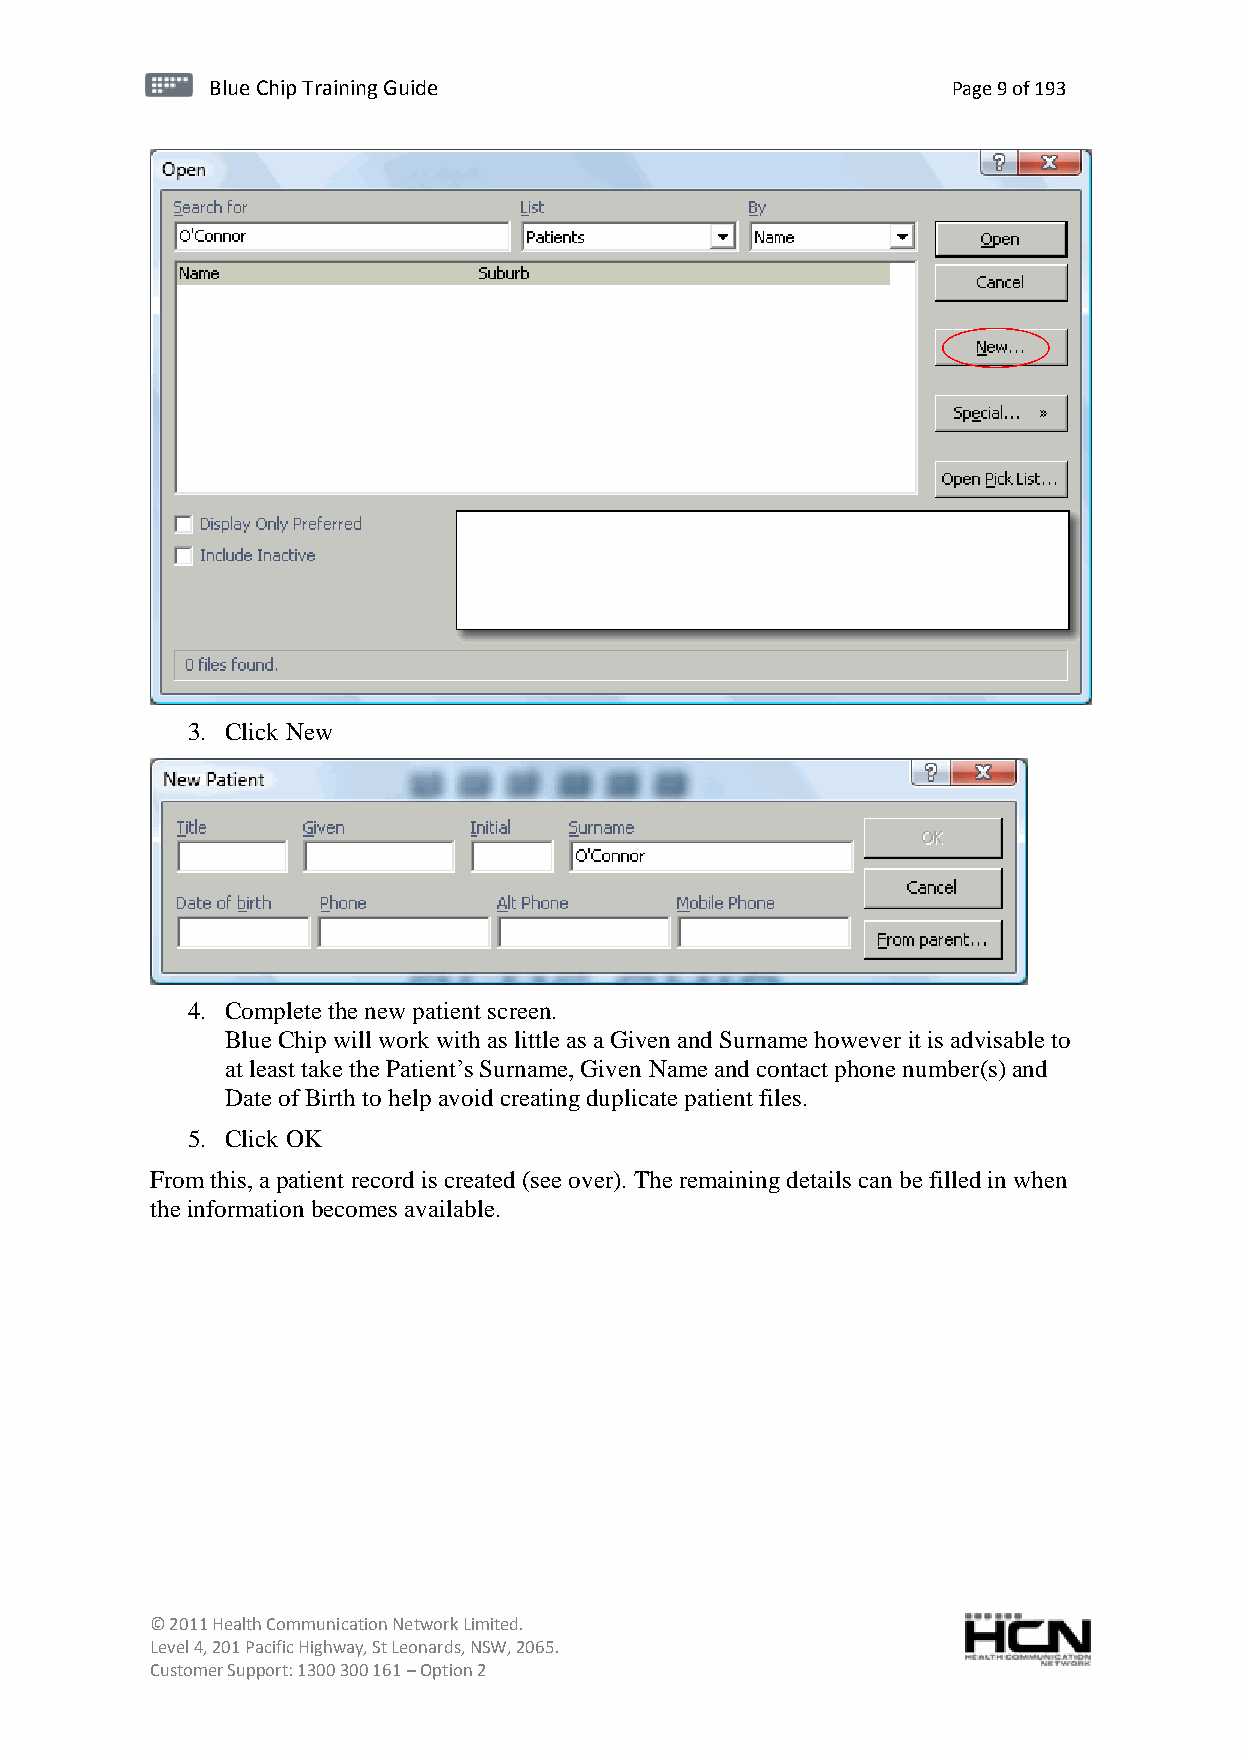
BBlluuee C Chihpi pTr Tairnainingi Gnugi dGeu ide Page 9 of 193
 3. Click New
 4. Complete the new patient screen.
 Blue Chip will work with as little as a Given and Surname however it is advisable to
 at least take the Patient’s Surname, Given Name and contact phone number(s) and
 Date of Birth to help avoid creating duplicate patient files.
 5. Click OK
 From this, a patient record is created (see over). The remaining details can be filled in when
 the information becomes available.
 © 2011 Health Communication Network Limited.
 Level 4, 201 Pacific Highway, St Leonards, NSW, 2065.
 Customer Support: 1300 300 161 – Option 2